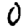
Digit: 0